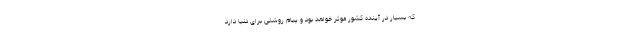
که بسیار در آینده کشور موثر خواهد بود و پیام روشنی برای دنیا دارد